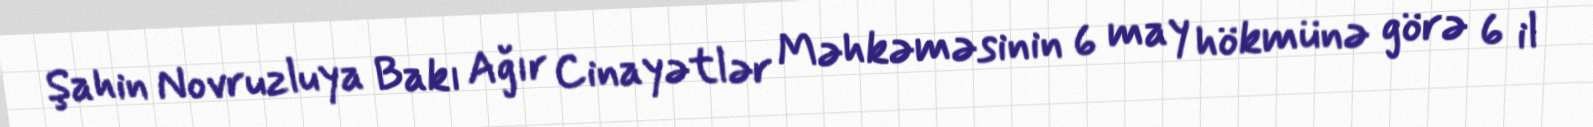
Şahin Novruzluya Bakı Ağır Cinayətlər Məhkəməsinin 6 may hökmünə görə 6 il